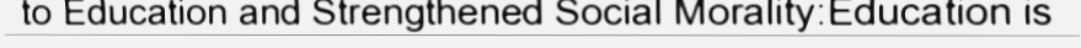
to Education and Strengthened Social Morality:Education is